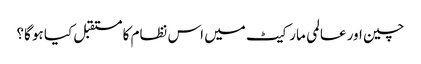
چین اور عالمی مارکیٹ میں اس نظام کا مستقبل کیا ہو گا؟